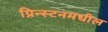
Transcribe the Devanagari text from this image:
प्रिन्स्टनमधील